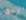
يربح